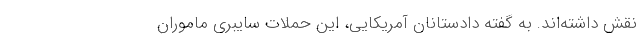
نقش داشته‌اند. به گفته دادستانان آمریکایی، این حملات سایبری ماموران